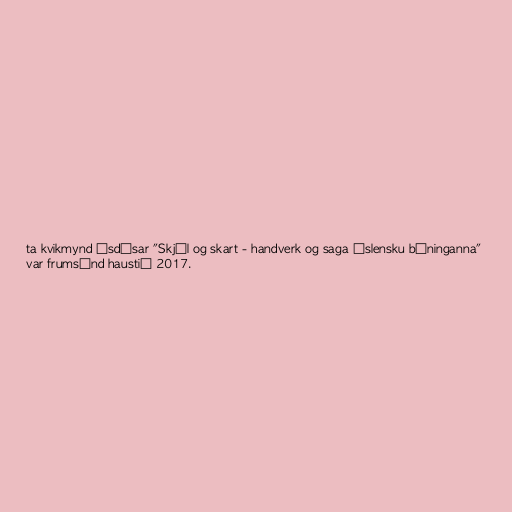
ta kvikmynd Ásdísar "Skjól og skart - handverk og saga íslensku búninganna"
var frumsýnd haustið 2017.